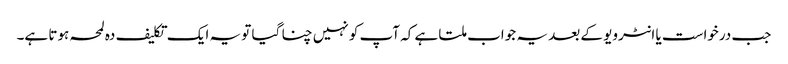
جب درخواست یا انٹرویو کے بعد یہ جواب ملتا ہے کہ آپ کو نہیں چنا گیا تو یہ ایک تکلیف دہ لمحہ ہوتا ہے۔